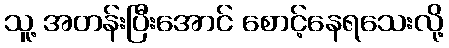
သူ့ အတန်းပြီးအောင် စောင့်နေရသေးလို့